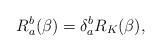
\begin{align*}R_{a}^{b}(\beta )=\delta _{a}^{b}R_{K}(\beta ),\end{align*}